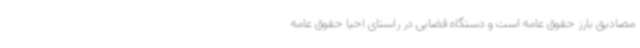
مصادیق بارز حقوق عامه است و دستگاه قضایی در راستای احیا حقوق عامه